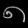
Digit: ၈